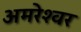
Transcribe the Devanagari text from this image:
अमरेश्‍वर